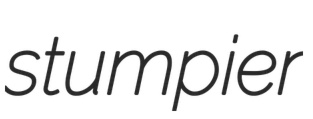
stumpier